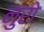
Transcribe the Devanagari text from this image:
नुरो